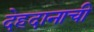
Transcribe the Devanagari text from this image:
देहदानाची